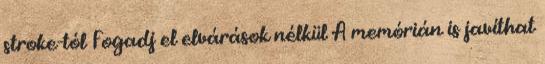
stroke-tól Fogadj el elvárások nélkül A memórián is javíthat